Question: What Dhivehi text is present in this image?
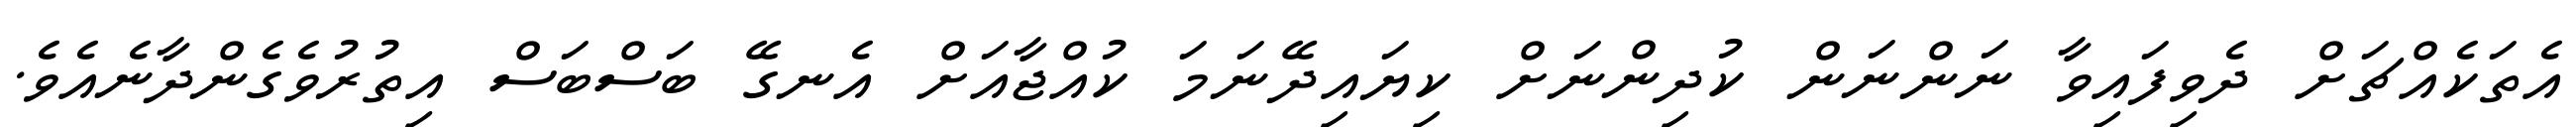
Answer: އެތަކެއްޗަށް ދެވިފައިވާ ނަންނަން ކުދިންނަށް ކިޔައިދޭނަމަ ކުއްޖާއަށް އެނގޭ ބަސްބަސް އިތުރުވެގެންދާނެއެވެ.